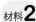
材料2